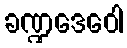
ခဏ္ဍဒေဝေါ